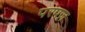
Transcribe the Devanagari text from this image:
परपज़